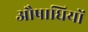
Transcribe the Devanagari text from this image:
औषाधियों